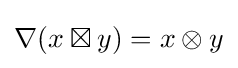
\nabla (x\boxtimes y)=x\otimes y